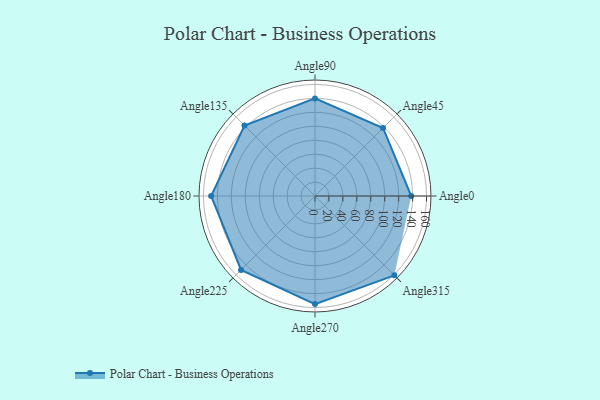
{"axis": {"x": "Angle", "y": "Radius"}, "legend": [""], "data": [{"x": "Angle0", "y": 138.0, "type": ""}, {"x": "Angle45", "y": 138.0, "type": ""}, {"x": "Angle90", "y": 140.0, "type": ""}, {"x": "Angle135", "y": 143.0, "type": ""}, {"x": "Angle180", "y": 149.0, "type": ""}, {"x": "Angle225", "y": 150.0, "type": ""}, {"x": "Angle270", "y": 155.0, "type": ""}, {"x": "Angle315", "y": 161.0, "type": ""}]}